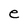
Character: e